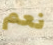
نعم